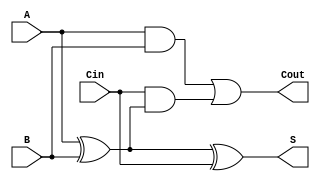
module FullAdder (
    input wire A,     // First input bit
    input wire B,     // Second input bit
    input wire Cin,   // Carry-in bit
    output reg S,     // Sum output
    output reg Cout   // Carry-out output
);

// Always block to model the behavior of the full adder
always @(*) begin
    // Compute the sum
    S = A ^ B ^ Cin;  // S = A  B  Cin
    
    // Compute the carry-out
    Cout = (A & B) | (Cin & (A ^ B)); // Cout = (A  B) + (Cin  (A  B))
end

endmodule